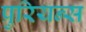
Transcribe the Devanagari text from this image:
प्रुरियन्स